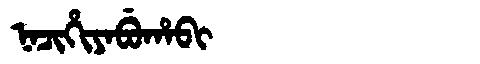
Manchu: ᠨᠠᠴᡳᡥᡳᠶᠠᠪᡠᡥᠠᠪᡳ
Romanization: NACIHIYABUHABI